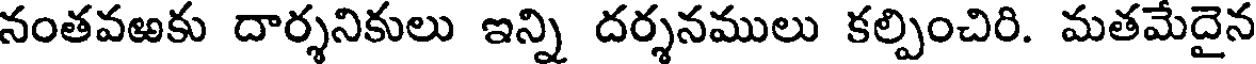
నంతవఱకు దార్శనికులు ఇన్ని దర్శనములు కల్పించిరి. మతమేదైన